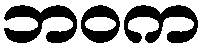
ဘဝက